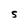
Character: S